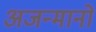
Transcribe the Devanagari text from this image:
अजन्मानो